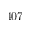
4 0 7